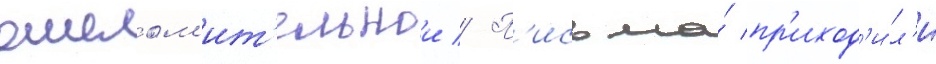
ошелом'ит'ельнои // П'исьма́ пр'иход'и́л'и